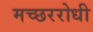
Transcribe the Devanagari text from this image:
मच्छररोधी